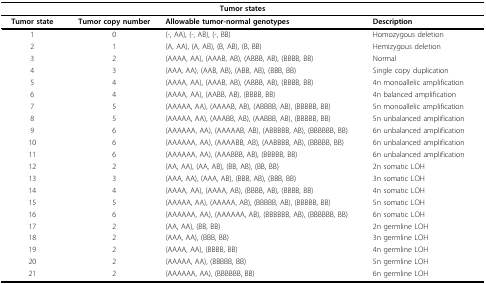
<table><thead><tr><td colspan="4"><b>Tumor states</b></td></tr></thead><tbody><tr><td><b>Tumor state</b></td><td><b>Tumor copy number</b></td><td><b>Allowable tumor-normal genotypes</b></td><td><b>Description</b></td></tr><tr><td>1</td><td>0</td><td>(-, AA), (-, AB), (-, BB)</td><td>Homozygous deletion</td></tr><tr><td>2</td><td>1</td><td>(A, AA), (A, AB), (B, AB), (B, BB)</td><td>Hemizygous deletion</td></tr><tr><td>3</td><td>2</td><td>(AAAA, AA), (AAAB, AB), (ABBB, AB), (BBBB, BB)</td><td>Normal</td></tr><tr><td>4</td><td>3</td><td>(AAA, AA), (AAB, AB), (ABB, AB), (BBB, BB)</td><td>Single copy duplication</td></tr><tr><td>5</td><td>4</td><td>(AAAA, AA), (AAAB, AB), (ABBB, AB), (BBBB, BB)</td><td>4n monoallelic amplification</td></tr><tr><td>6</td><td>4</td><td>(AAAA, AA), (AABB, AB), (BBBB, BB)</td><td>4n balanced amplification</td></tr><tr><td>7</td><td>5</td><td>(AAAAA, AA), (AAAAB, AB), (ABBBB, AB), (BBBBB, BB)</td><td>5n monoallelic amplification</td></tr><tr><td>8</td><td>5</td><td>(AAAAA, AA), (AAABB, AB), (AABBB, AB), (BBBBB, BB)</td><td>5n unbalanced amplification</td></tr><tr><td>9</td><td>6</td><td>(AAAAAA, AA), (AAAAAB, AB), (ABBBBB, AB), (BBBBBB, BB)</td><td>6n unbalanced amplification</td></tr><tr><td>10</td><td>6</td><td>(AAAAAA, AA), (AAAABB, AB), (AABBBB, AB), (BBBBB, BB)</td><td>6n unbalanced amplification</td></tr><tr><td>11</td><td>6</td><td>(AAAAAA, AA), (AAABBB, AB), (BBBBB, BB)</td><td>6n unbalanced amplification</td></tr><tr><td>12</td><td>2</td><td>(AA, AA), (AA, AB), (BB, AB), (BB, BB)</td><td>2n somatic LOH</td></tr><tr><td>13</td><td>3</td><td>(AAA, AA), (AAA, AB), (BBB, AB), (BBB, BB)</td><td>3n somatic LOH</td></tr><tr><td>14</td><td>4</td><td>(AAAA, AA), (AAAA, AB), (BBBB, AB), (BBBB, BB)</td><td>4n somatic LOH</td></tr><tr><td>15</td><td>5</td><td>(AAAAA, AA), (AAAAA, AB), (BBBBB, AB), (BBBBB, BB)</td><td>5n somatic LOH</td></tr><tr><td>16</td><td>6</td><td>(AAAAAA, AA), (AAAAAA, AB), (BBBBBB, AB), (BBBBBB, BB)</td><td>6n somatic LOH</td></tr><tr><td>17</td><td>2</td><td>(AA, AA), (BB, BB)</td><td>2n germline LOH</td></tr><tr><td>18</td><td>2</td><td>(AAA, AA), (BBB, BB)</td><td>3n germline LOH</td></tr><tr><td>19</td><td>2</td><td>(AAAA, AA), (BBBB, BB)</td><td>4n germline LOH</td></tr><tr><td>20</td><td>2</td><td>(AAAAA, AA), (BBBBB, BB)</td><td>5n germline LOH</td></tr><tr><td>21</td><td>2</td><td>(AAAAAA, AA), (BBBBBB, BB)</td><td>6n germline LOH</td></tr></tbody></table>